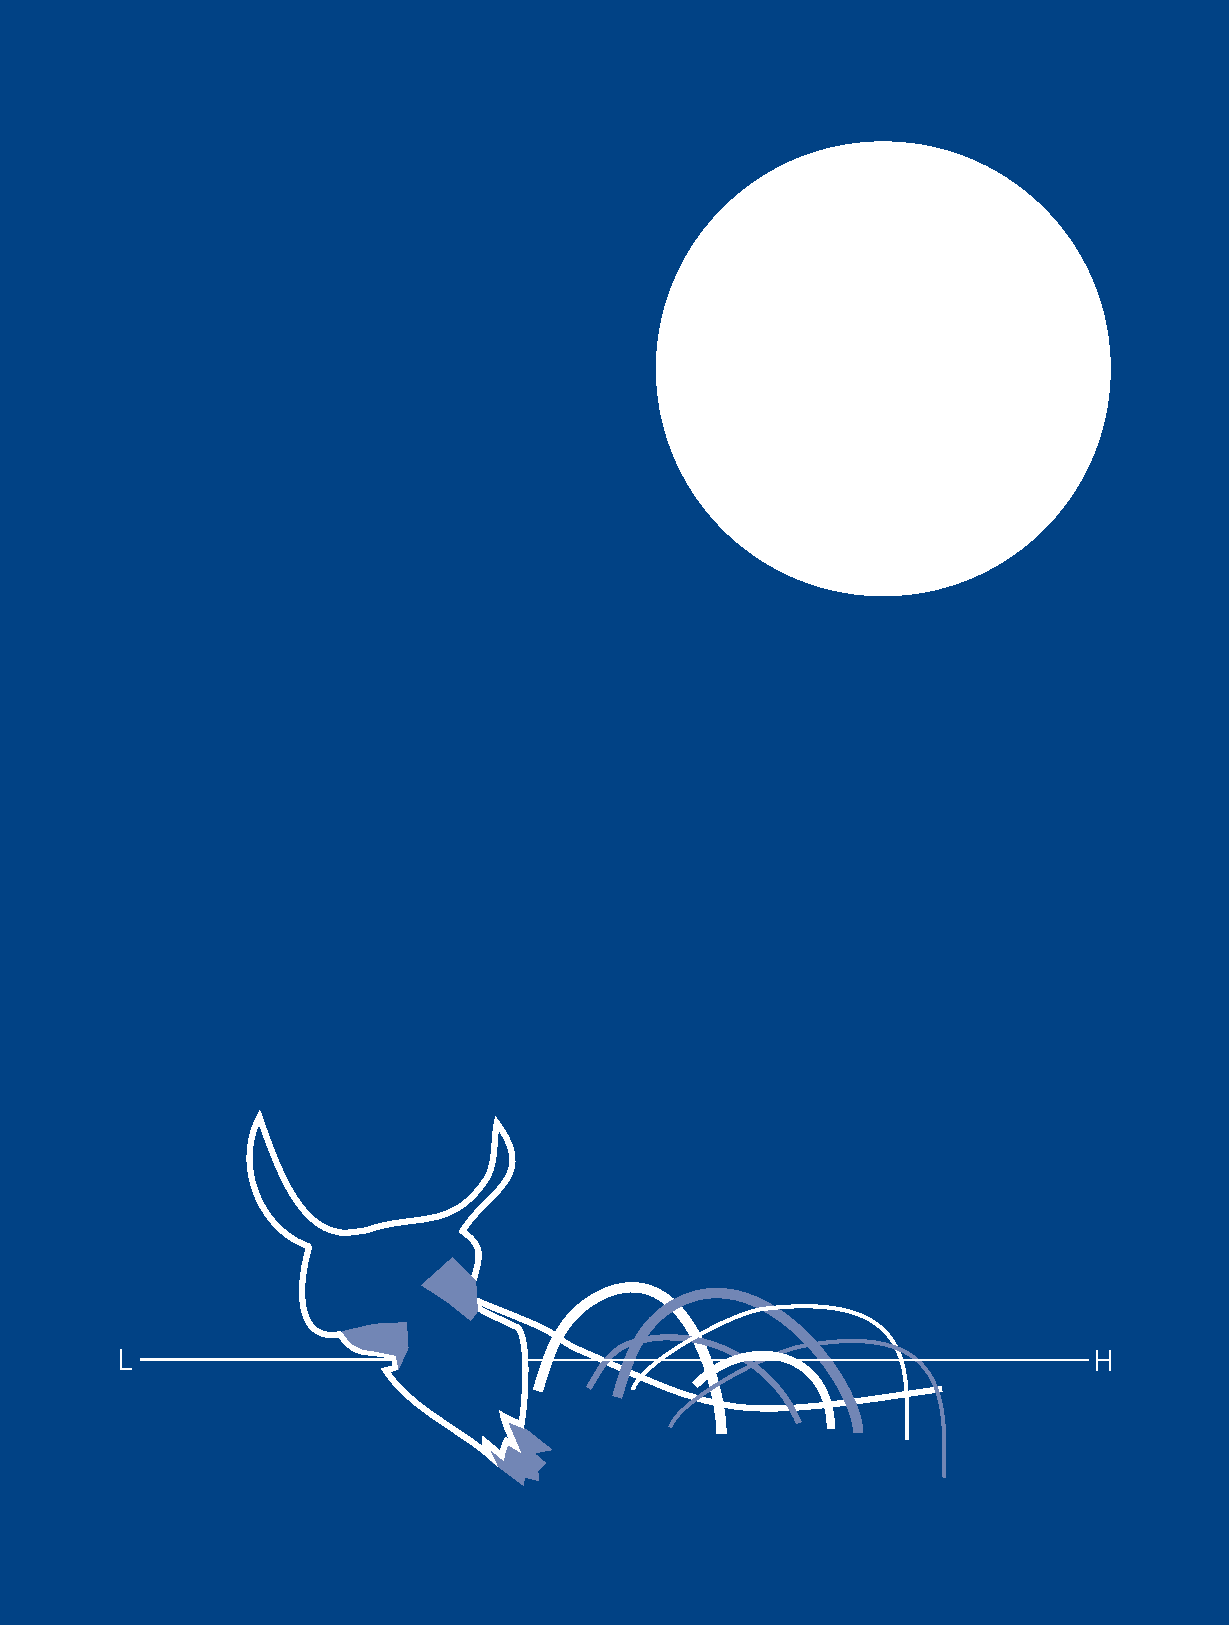
L                                                               H